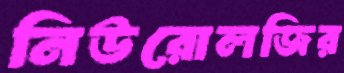
নিউরোলজির